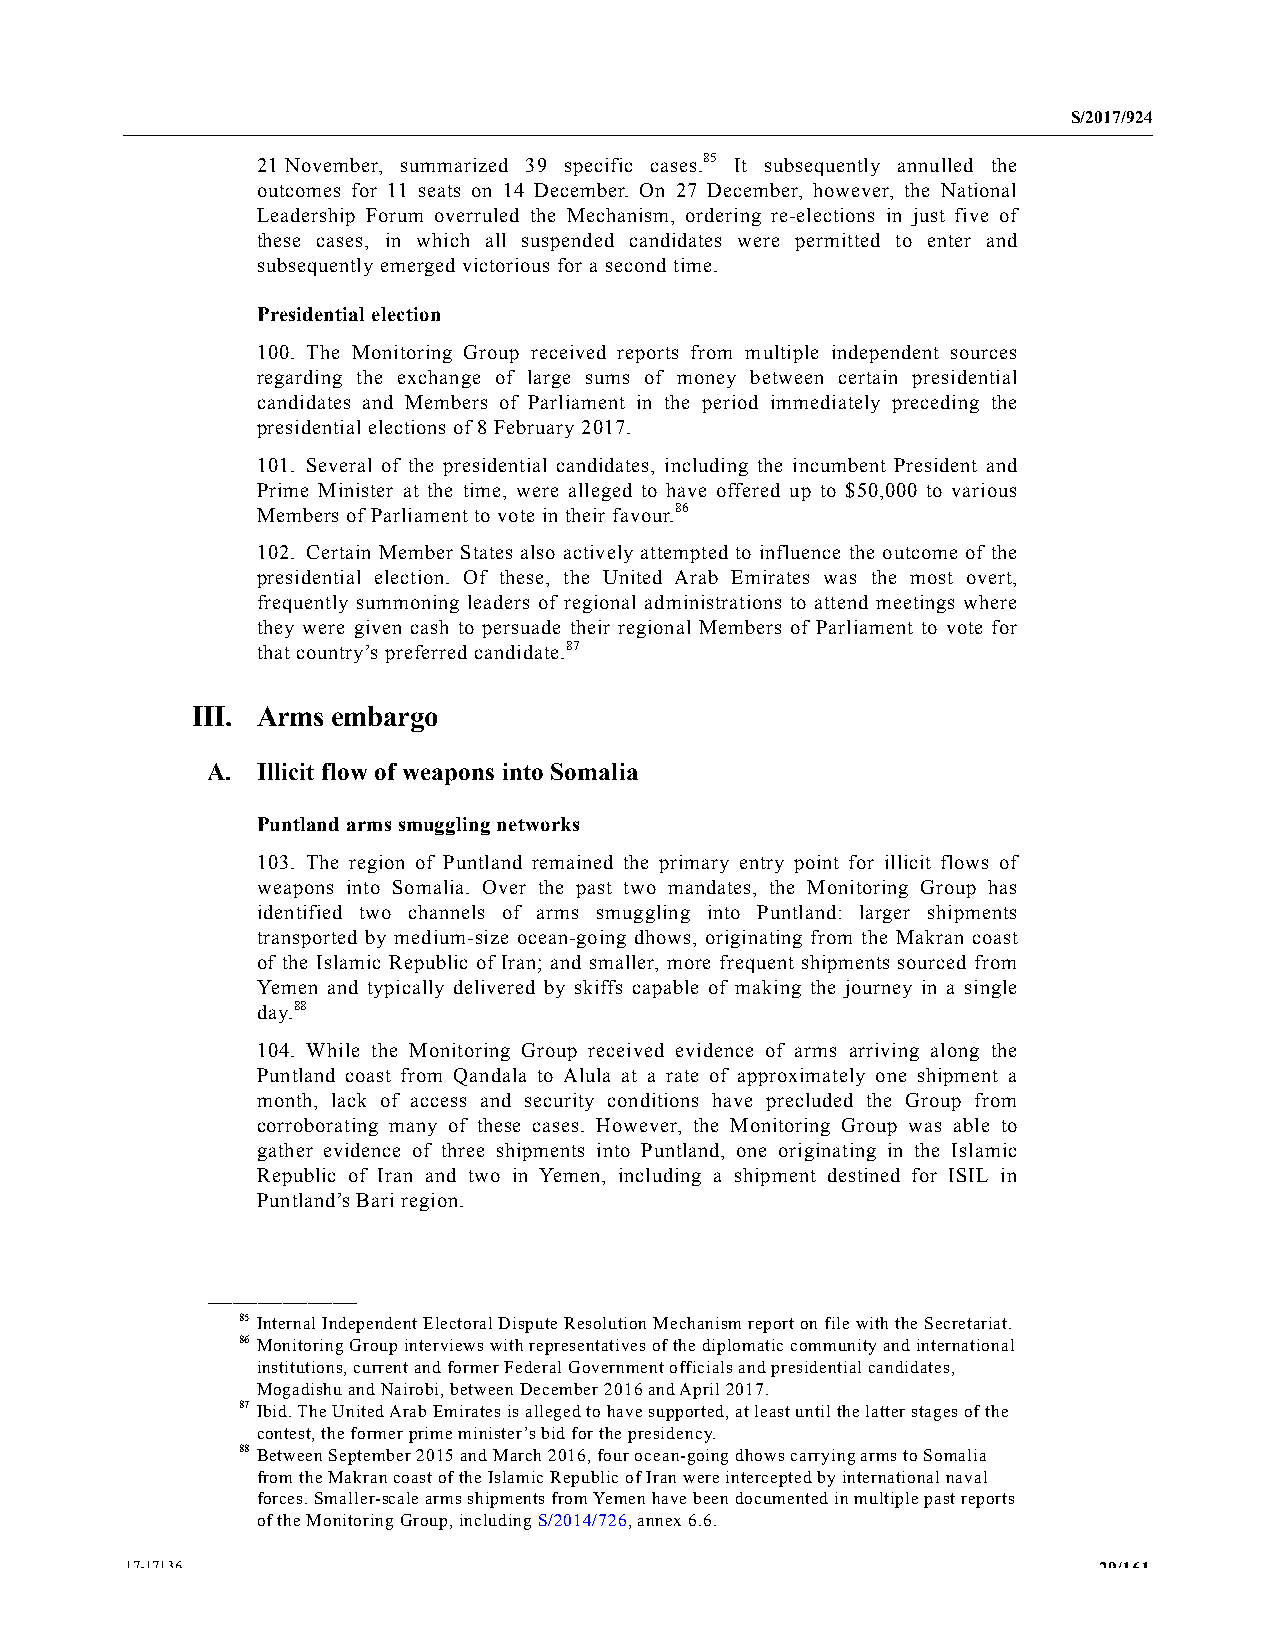
S/2017/924
 21 November, summarized 39 specific cases.85 It subsequently annulled the
 outcomes for 11 seats on 14 December. On 27 December, however, the National
 Leadership Forum overruled the Mechanism, ordering re-elections in just five of
 these cases, in which all suspended candidates were permitted to enter and
 subsequently emerged victorious for a second time.
 Presidential election
 100. The Monitoring Group received reports from multiple independent sources
 regarding the exchange of large sums of money between certain presidential
 candidates and Members of Parliament in the period immediately preceding the
 presidential elections of 8 February 2017.
 101. Several of the presidential candidates, including the incumbent President and
 Prime Minister at the time, were alleged to have offered up to $50,000 to various
 Members of Parliament to vote in their favour.86
 102. Certain Member States also actively attempted to influence the outcome of the
 presidential election. Of these, the United Arab Emirates was the most overt,
 frequently summoning leaders of regional administrations to attend meetings where
 they were given cash to persuade their regional Members of Parliament to vote for
 that country’s preferred candidate.87
 III. Arms embargo
 A. Illicit flow of weapons into Somalia
 Puntland arms smuggling networks
 103. The region of Puntland remained the primary entry point for illicit flows of
 weapons into Somalia. Over the past two mandates, the Monitoring Group has
 identified two channels of arms smuggling into Puntland: larger shipments
 transported by medium-size ocean-going dhows, originating from the Makran coast
 of the Islamic Republic of Iran; and smaller, more frequent shipments sourced from
 Yemen and typically delivered by skiffs capable of making the journey in a single
 day.88
 104. While the Monitoring Group received evidence of arms arriving along the
 Puntland coast from Qandala to Alula at a rate of approximately one shipment a
 month, lack of access and security conditions have precluded the Group from
 corroborating many of these cases. However, the Monitoring Group was able to
 gather evidence of three shipments into Puntland, one originating in the Islamic
 Republic of Iran and two in Yemen, including a shipment destined for ISIL in
 Puntland’s Bari region.
 __________________
 85 Internal Independent Electoral Dispute Resolution Mechanism report on file with the Secretariat.
 86 Monitoring Group interviews with representatives of the diplomatic community and international
 institutions, current and former Federal Government officials and presidential candidates,
 Mogadishu and Nairobi, between December 2016 and April 2017.
 87 Ibid. The United Arab Emirates is alleged to have supported, at least until the latter stages of the
 contest, the former prime minister’s bid for the presidency.
 88 Between September 2015 and March 2016, four ocean-going dhows carrying arms to Somalia
 from the Makran coast of the Islamic Republic of Iran were intercepted by international naval
 forces. Smaller-scale arms shipments from Yemen have been documented in multiple past reports
 of the Monitoring Group, including S/2014/726, annex 6.6.
 17-17136                                                         29/161